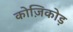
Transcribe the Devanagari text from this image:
कोज़िकोड़